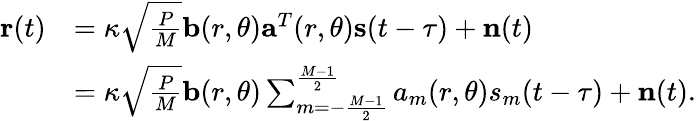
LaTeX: \begin{array}{rl}{{\mathbf{r}}(t)}&{=\kappa\sqrt{\frac{P}{M}}{\mathbf{b}}(r,\theta){{\mathbf{a}}^{T}}(r,\theta){\mathbf{s}}(t-\tau)+{\mathbf{n}}(t)}\\ &{=\kappa\sqrt{\frac{P}{M}}{\mathbf{b}}(r,\theta)\sum_{m=-\frac{{M-1}}{2}}^{\frac{{M-1}}{2}}{{a_{m}}(r,\theta){s_{m}}(t-\tau)}+{\mathbf{n}}(t).}\end{array}